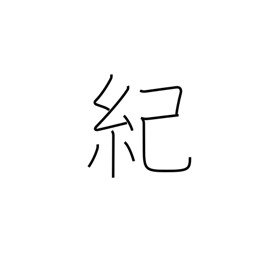
Meaning: narrative